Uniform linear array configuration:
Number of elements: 12
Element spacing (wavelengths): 0.75
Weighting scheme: binomial
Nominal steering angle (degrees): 30
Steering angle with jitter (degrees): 28.753
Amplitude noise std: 0.05
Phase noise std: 0.05

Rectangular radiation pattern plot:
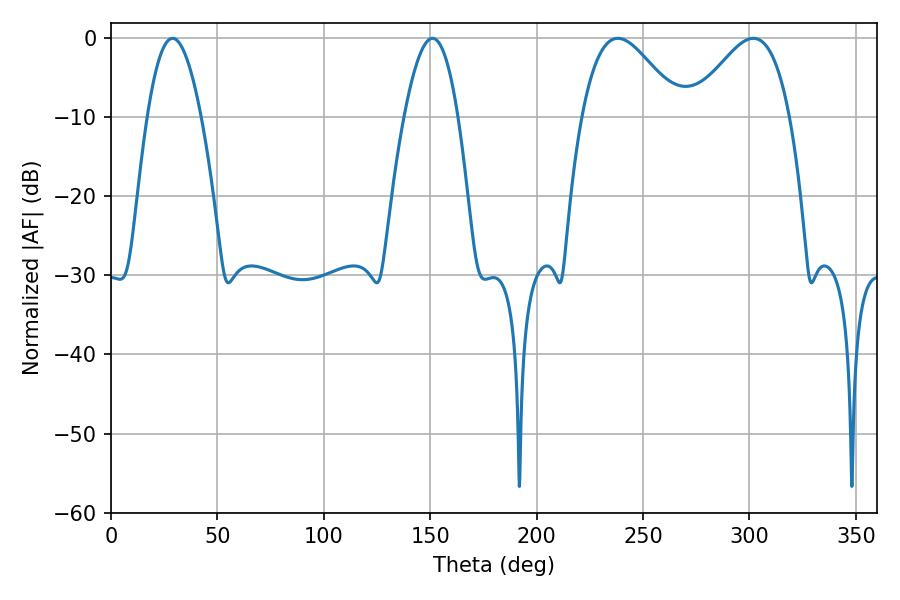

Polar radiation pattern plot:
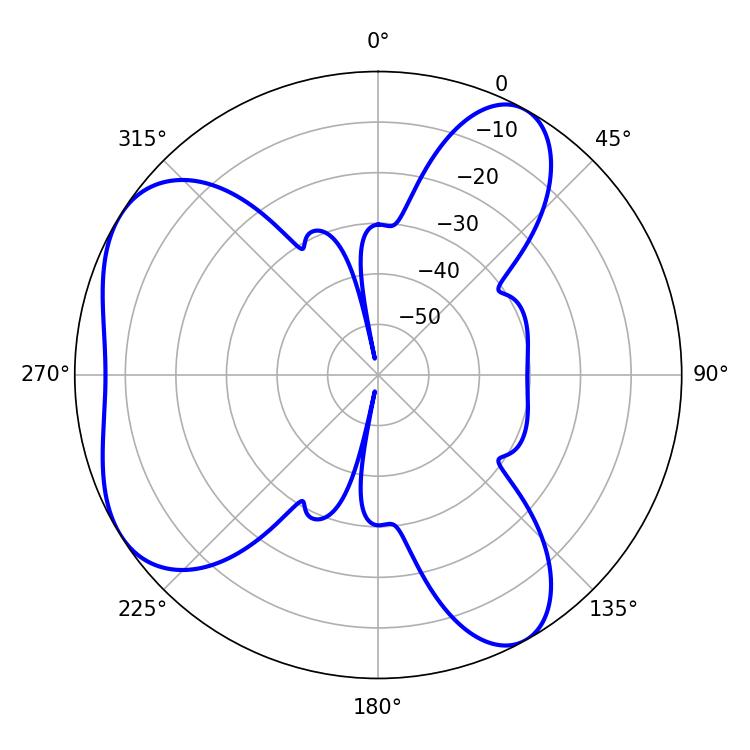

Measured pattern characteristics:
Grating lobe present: TRUE
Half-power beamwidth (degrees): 24.84
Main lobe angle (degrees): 238.14